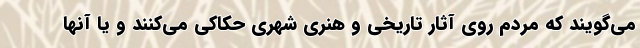
می‌گویند که مردم روی آثار تاریخی و هنری شهری حکاکی می‌کنند و یا آنها